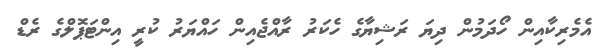
އެމެރިކާއިން ހޯދަމުން ދިޔަ ރަޝިޔާގެ ހެކަރު ރާއްޖެއިން ހައްޔަރު ކުރީ އިންޓަޕޮލްގެ ރެޑް